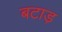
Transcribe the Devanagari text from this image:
बटाड़